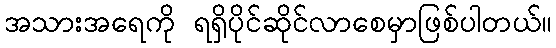
အသားအရေကို ရရှိပိုင်ဆိုင်လာစေမှာဖြစ်ပါတယ်။